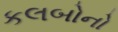
કલબોનો